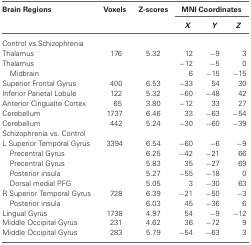
<table><thead><tr><td><b>Brain Regions</b></td><td><b>Voxels</b></td><td><b>Z-scores</b></td><td colspan="3"><b>MNI Coordinates</b></td></tr><tr><td></td><td></td><td></td><td><b><i>X</i></b></td><td><b><i>Y</i></b></td><td><b><i>Z</i></b></td></tr></thead><tbody><tr><td>Control vs.Schizophrenia</td></tr><tr><td>Thalamus</td><td>176</td><td>5.32</td><td>12</td><td>−9</td><td>3</td></tr><tr><td>Thalamus</td><td></td><td></td><td>−12</td><td>−5</td><td>0</td></tr><tr><td>Midbrain</td><td></td><td></td><td>6</td><td>−15</td><td>−15</td></tr><tr><td>Superior Frontal Gyrus</td><td>400</td><td>6.53</td><td>−33</td><td>54</td><td>30</td></tr><tr><td>Inferior Parietal Lobule</td><td>122</td><td>5.32</td><td>−60</td><td>−48</td><td>42</td></tr><tr><td>Anterior Cingualte Cortex</td><td>65</td><td>3.80</td><td>−12</td><td>33</td><td>27</td></tr><tr><td>Cerebellum</td><td>1737</td><td>6.46</td><td>33</td><td>−63</td><td>−54</td></tr><tr><td>Cerebellum</td><td>442</td><td>5.24</td><td>−30</td><td>−60</td><td>−39</td></tr><tr><td>Schizophrenia vs. Control</td></tr><tr><td>L Superior Temporal Gyrus</td><td>3394</td><td>6.54</td><td>−60</td><td>−6</td><td>−9</td></tr><tr><td>Precentral Gyrus</td><td></td><td>6.25</td><td>−42</td><td>−21</td><td>66</td></tr><tr><td>Precentral Gyrus</td><td></td><td>5.83</td><td>35</td><td>−27</td><td>69</td></tr><tr><td>Posterior insula</td><td></td><td>5.27</td><td>−55</td><td>−18</td><td>0</td></tr><tr><td>Dorsal medial PFG</td><td></td><td>5.05</td><td>3</td><td>−30</td><td>63</td></tr><tr><td>R Superior Temporal Gyrus</td><td>728</td><td>6.39</td><td>−21</td><td>−50</td><td>−3</td></tr><tr><td>Posterior insula</td><td></td><td>6.03</td><td>45</td><td>−36</td><td>6</td></tr><tr><td>Lingual Gyrus</td><td>1738</td><td>4.97</td><td>54</td><td>−9</td><td>−12</td></tr><tr><td>Middle Occipital Gyrus</td><td>231</td><td>4.62</td><td>36</td><td>−72</td><td>9</td></tr><tr><td>Middle Occipital Gyrus</td><td>283</td><td>5.79</td><td>−54</td><td>−63</td><td>3</td></tr></tbody></table>